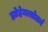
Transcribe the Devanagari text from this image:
ह्योहेनत्सोलर्न